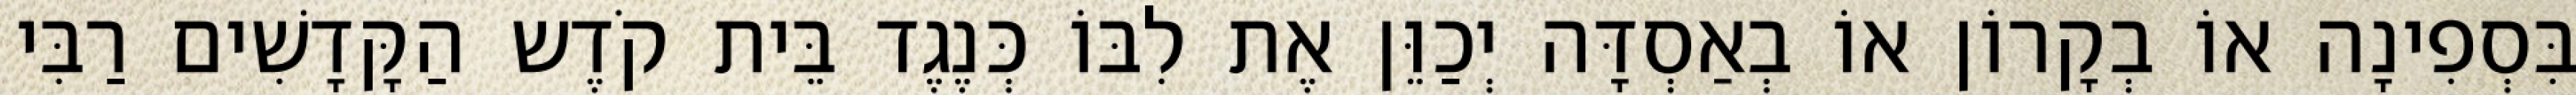
בִּסְפִינָה אוֹ בְקָרוֹן אוֹ בְאַסְדָּה יְכַוֵּן אֶת לִבּוֹ כְּנֶגֶד בֵּית קֹדֶש הַקָּדָשִׁים רַבִּי